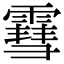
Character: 䨮